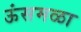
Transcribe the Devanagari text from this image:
ऊंसमळा